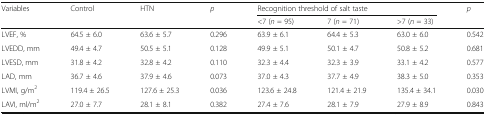
<table><thead><tr><td rowspan="2"><b>Variables</b></td><td rowspan="2"><b>Control</b></td><td rowspan="2"><b>HTN</b></td><td rowspan="2"><b><i>p</i></b></td><td colspan="3"><b>Recognition threshold of salt taste</b></td><td rowspan="2"><b><i>p</i></b></td></tr><tr><td><b>&lt;7 (<i>n</i> = 95)</b></td><td><b>7 (<i>n</i> = 71)</b></td><td><b>&gt;7 (<i>n</i> = 33)</b></td></tr></thead><tbody><tr><td>LVEF, %</td><td>64.5 ± 6.0</td><td>63.6 ± 5.7</td><td>0.296</td><td>63.9 ± 6.1</td><td>64.4 ± 5.3</td><td>63.0 ± 6.0</td><td>0.542</td></tr><tr><td>LVEDD, mm</td><td>49.4 ± 4.7</td><td>50.5 ± 5.1</td><td>0.128</td><td>49.9 ± 5.1</td><td>50.1 ± 4.7</td><td>50.8 ± 5.2</td><td>0.681</td></tr><tr><td>LVESD, mm</td><td>31.8 ± 4.2</td><td>32.8 ± 4.2</td><td>0.110</td><td>32.3 ± 4.4</td><td>32.3 ± 3.9</td><td>33.1 ± 4.2</td><td>0.577</td></tr><tr><td>LAD, mm</td><td>36.7 ± 4.6</td><td>37.9 ± 4.6</td><td>0.073</td><td>37.0 ± 4.3</td><td>37.7 ± 4.9</td><td>38.3 ± 5.0</td><td>0.353</td></tr><tr><td>LVMI, g/m<sup>2</sup></td><td>119.4 ± 26.5</td><td>127.6 ± 25.3</td><td>0.036</td><td>123.6 ± 24.8</td><td>121.4 ± 21.9</td><td>135.4 ± 34.1</td><td>0.030</td></tr><tr><td>LAVI, ml/m<sup>2</sup></td><td>27.0 ± 7.7</td><td>28.1 ± 8.1</td><td>0.382</td><td>27.4 ± 7.6</td><td>28.1 ± 7.9</td><td>27.9 ± 8.9</td><td>0.843</td></tr></tbody></table>